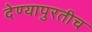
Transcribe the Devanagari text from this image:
देण्यापुरतीच